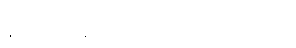
နှစ်မိနစ်ခန့်အကြာတွင် ဂျက်နက်ဝင်လာသည်။